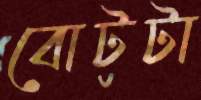
বোটটা